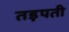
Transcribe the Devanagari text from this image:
तड़पती